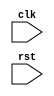
module example_module (
   input wire clk,
   input wire rst
);

reg reset_var;

always @(negedge rst) begin
   if (rst == 1'b0) begin
      reset_var <= 1'b1; // Reset the variable when reset signal transitions from high to low
   end
end

endmodule